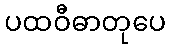
ပထဝီဓာတုပေ